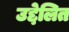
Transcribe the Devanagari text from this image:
उद्देलित